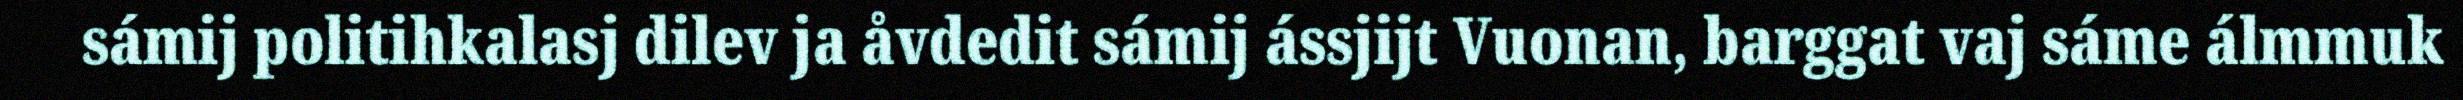
sámij politihkalasj dilev ja åvdedit sámij ássjijt Vuonan, barggat vaj sáme álmmuk